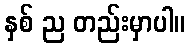
နှစ် ည တည်းမှာပါ။